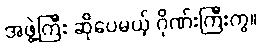
အဖွဲ့ကြီး ဆိုပေမယ့် ဂိုဏ်းကြီးကွ။